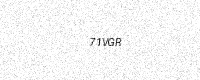
Text: 71VGR